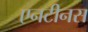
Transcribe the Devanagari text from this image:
एनटीनस